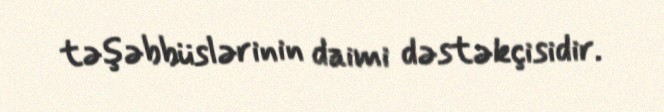
təşəbbüslərinin daimi dəstəkçisidir.